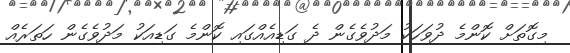
މިގޮތަށް ކޮންމެ ދުވަހަކު މަދުވެގެން ދެ ގަޑިއެއްގައި ކޮންމެ ގަޑިއަކު މަދުވެގެން ހަތަރެއް